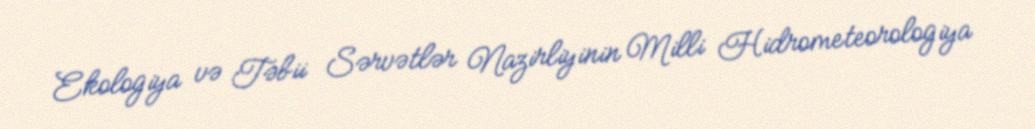
Ekologiya və Təbii Sərvətlər Nazirliyinin Milli Hidrometeorologiya